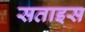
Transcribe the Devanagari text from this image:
सताइस